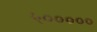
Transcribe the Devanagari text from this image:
५०००००